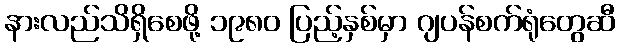
နားလည်သိရှိစေဖို့ ၁၉၈၀ ပြည့်နှစ်မှာ ဂျပန်စက်ရုံတွေဆီ